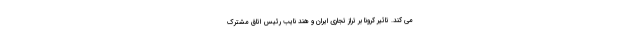
می کند. تاثیر کرونا بر تراز تجاری ایران و هند نایب رئیس اتاق مشترک